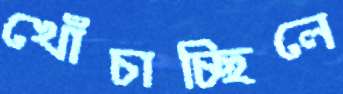
খোঁচাচ্ছিলে